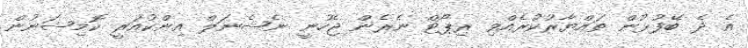
އެ ދެ ބޭފުޅުން ތައްޔާރުކުރެއްވި ރިޕޯޓް ނެރެން ޖެހުނީ ނެޝެނަލް އިންކުއަރީ ކޮމިޝަނުން